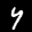
Label: 4